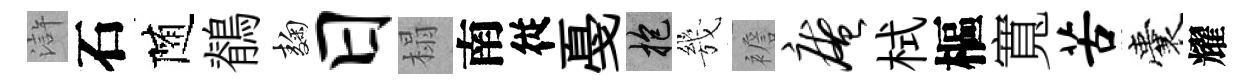
滸石随鶺麹日榻南従戞抱㡬襜庵栻樞寬苦囊耀